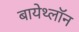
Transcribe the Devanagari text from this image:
बायेथ्लॉन